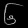
Digit: ၆